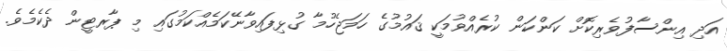
އަދި އިންސާފުވެރިކޮށް ކަންކަން ކުރެއްވުމަކީ ޤައުމުގެ ހަމަޖެހުމާ ގުޅިފައިވާނޭކަމެއްކަމުގައި މި ޕާރޓީން ދެކެމެވެ.